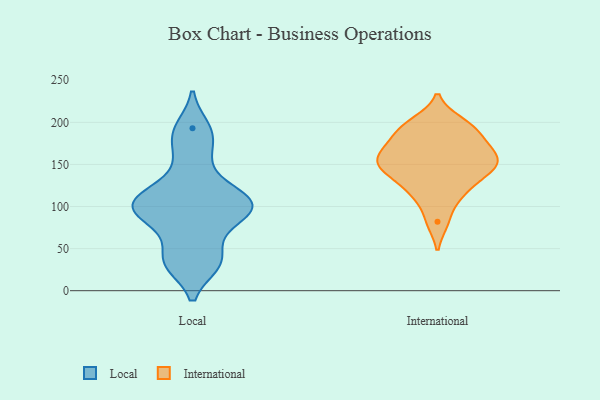
{"axis": {"x": "Gross Profit (USD K)", "y": "Value"}, "legend": ["International", "Local"], "data": [{"x": "", "y": 95, "type": "Local"}, {"x": "", "y": 193, "type": "Local"}, {"x": "", "y": 107, "type": "Local"}, {"x": "", "y": 34, "type": "Local"}, {"x": "", "y": 72, "type": "Local"}, {"x": "", "y": 106, "type": "Local"}, {"x": "", "y": 32, "type": "Local"}, {"x": "", "y": 182, "type": "Local"}, {"x": "", "y": 154, "type": "Local"}, {"x": "", "y": 119, "type": "Local"}, {"x": "", "y": 90, "type": "Local"}, {"x": "", "y": 95, "type": "Local"}, {"x": "", "y": 109, "type": "Local"}, {"x": "", "y": 37, "type": "Local"}, {"x": "", "y": 160, "type": "International"}, {"x": "", "y": 148, "type": "International"}, {"x": "", "y": 163, "type": "International"}, {"x": "", "y": 140, "type": "International"}, {"x": "", "y": 176, "type": "International"}, {"x": "", "y": 147, "type": "International"}, {"x": "", "y": 117, "type": "International"}, {"x": "", "y": 141, "type": "International"}, {"x": "", "y": 194, "type": "International"}, {"x": "", "y": 166, "type": "International"}, {"x": "", "y": 200, "type": "International"}, {"x": "", "y": 82, "type": "International"}, {"x": "", "y": 114, "type": "International"}, {"x": "", "y": 190, "type": "International"}]}